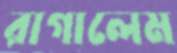
রাগালেম